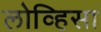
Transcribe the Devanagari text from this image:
लोव्हिसा